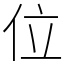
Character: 位